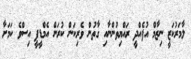
ލާމަރުކަޒީ ނިޒާމް އުފެއްދީ ރައްޔިތުންނާއި ގާތުން ވެރިކަން ކުރަން އެމްޑީޕީ އިސްވެ ކަމަށާ